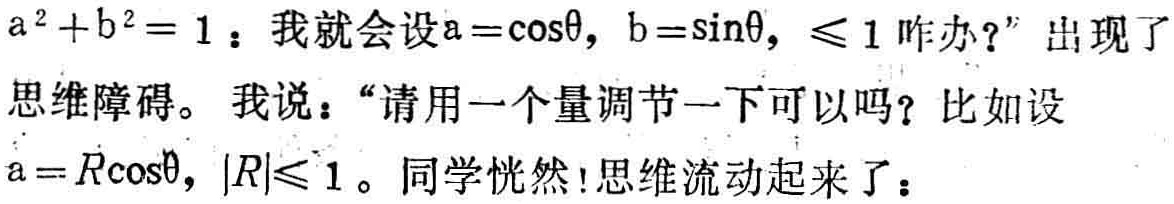
$a^{2}+b^{2}=1$：我就会设$a = \cos\theta$，$b = \sin\theta$，$\leq 1$咋办？”出现了思维障碍。我说：“请用一个量调节一下可以吗？比如设$a = R\cos\theta$，$|R|\leq 1$。同学恍然！思维流动起来了：